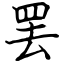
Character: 罢